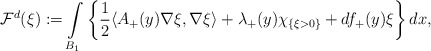
\begin{align*} \mathcal{F}^{d}(\xi): = \int\limits_{B_1} \left \{ \dfrac{1}{2} \langle A_+(y) \nabla \xi, \nabla \xi \rangle + \lambda_{+}(y) \chi_{\{\xi > 0\}} + d f_{+}(y)\xi \right \}dx, \end{align*}